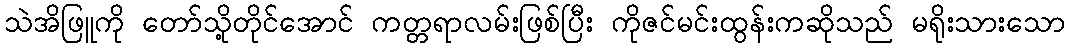
သဲအိဖြူကို တော်သို့တိုင်အောင် ကတ္တရာလမ်းဖြစ်ပြီး ကိုဇင်မင်းထွန်းကဆိုသည် မရိုးသားသော